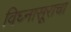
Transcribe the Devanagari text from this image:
विघ्नासूराचा